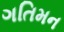
ગતિમન